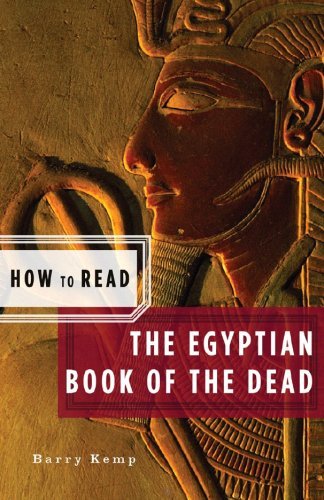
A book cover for How to Read the Egyptian Book of the Dead (How to Read) [Paperback] [2008] (Author) Barry Kemp, Simon Critchley; Religion & Spirituality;